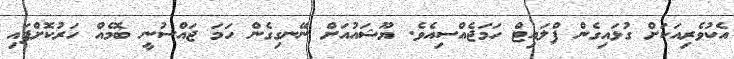
އެކުވެރިއަކަށް ގުޅައިގެން ފްލައިޓް ހަމަޖެއްސިއެވެ. ޔޫޝައުއަށް ނޭނގިގެން ހަމަ ޖައްސުނީ ބޮމެއް ހަރުކޮށްފައި